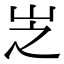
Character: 㞫